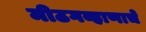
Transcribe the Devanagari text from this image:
मीठगव्हाणाचे